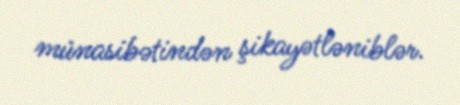
münasibətindən şikayətləniblər.